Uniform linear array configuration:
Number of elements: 64
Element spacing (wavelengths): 0.75
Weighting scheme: hamming
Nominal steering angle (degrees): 15
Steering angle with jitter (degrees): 16.365
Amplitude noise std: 0.05
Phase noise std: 0.05

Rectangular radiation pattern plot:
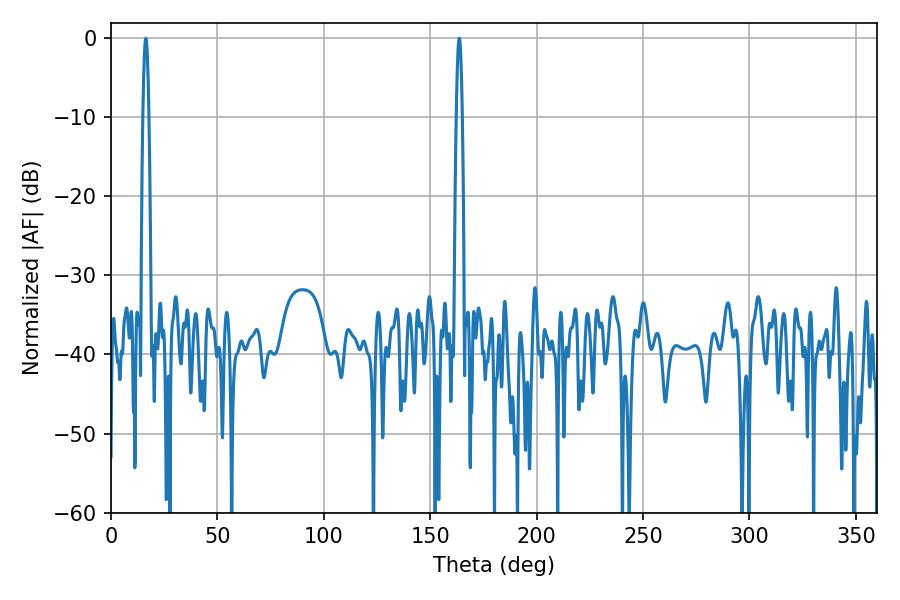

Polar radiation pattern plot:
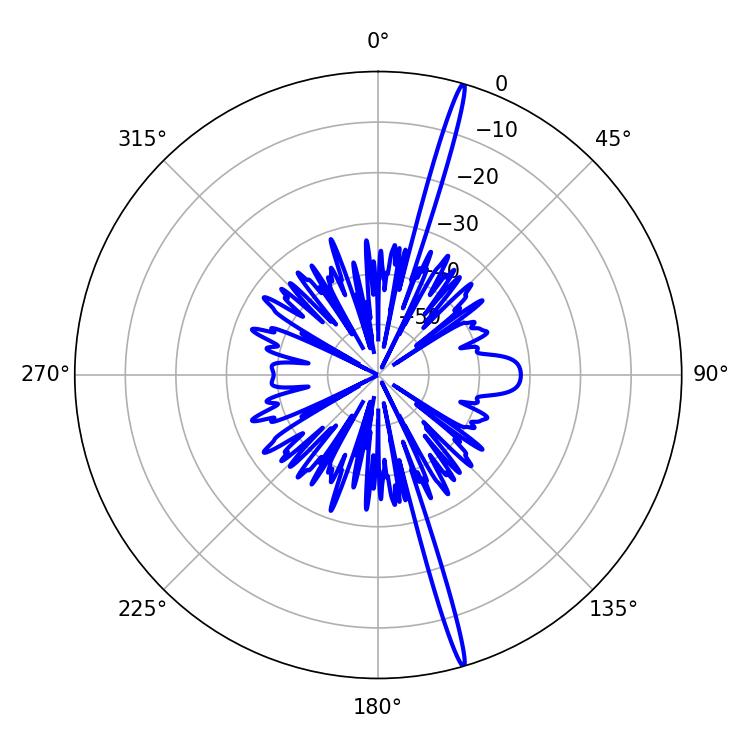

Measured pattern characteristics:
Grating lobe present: TRUE
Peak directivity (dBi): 20.697
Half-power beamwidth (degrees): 1.44
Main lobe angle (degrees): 16.38